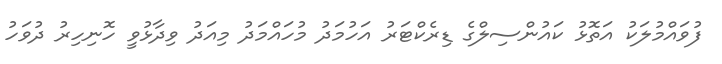
ފުވައްމުލަކު އަތޮޅު ކައުންސިލްގެ ޑިރެކްޓަރު އަހުމަދު މުހައްމަދު މިއަދު ވިދާޅުވީ ހޮނިހިރު ދުވަހު